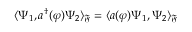
\langle \Psi _ { 1 } , a ^ { \dag } ( \varphi ) \Psi _ { 2 } \rangle _ { \mathfrak { F } } = \langle a ( \varphi ) \Psi _ { 1 } , \Psi _ { 2 } \rangle _ { \mathfrak { F } }